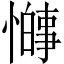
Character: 𫻋